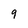
Character: 9